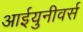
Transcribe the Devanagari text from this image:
आईयुनीवर्स